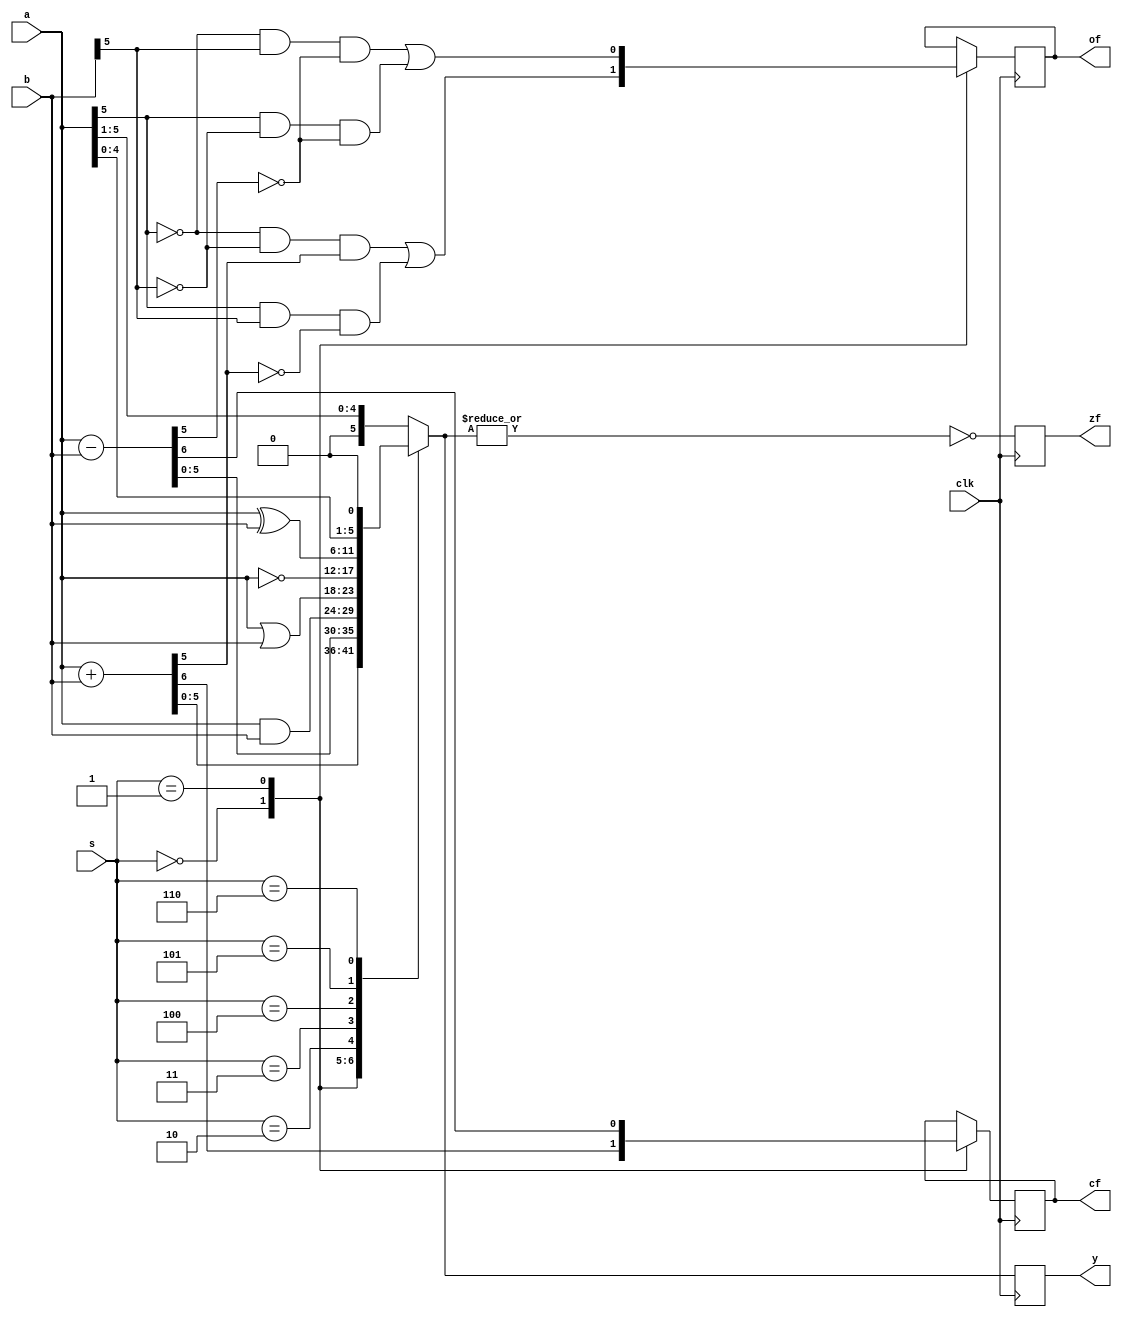
`timescale 1ns / 1ps
//////////////////////////////////////////////////////////////////////////////////
// Company: 
// Engineer: 
// 
// Design Name: 
// Module Name: ALU
// Project Name: 
// Target Devices: 
// Tool Versions: 
// Description: 
// 
// Dependencies: 
// 
// Revision:
// Revision 0.01 - File Created
// Additional Comments:
// 
//////////////////////////////////////////////////////////////////////////////////
//This is an ALU
module ALU(
    input clk, 
    input [2:0]s,
    input [5:0]a,
    input [5:0]b,
    output reg cf, //cf: non-signed carry/borrow; of:signed overflow; zf: zero
    output reg of,
    output reg zf,
    output reg[5:0]y //result
);
//s: 000--add, 001--sub, 010--and, 011--or, 100--not, 101--xor,
//   110--leftshift,111--rightshift

always @(posedge clk) begin
    case (s)  
    //add
      3'b000: begin
        {cf,y}={1'b0,a}+{1'b0,b};
        of=(~a[5]&~b[5]&y[5]|a[5]&b[5]&~y[5]);
      end
    //sub
      3'b001: begin
        {cf,y}=a-b;
        of=(~a[5]&b[5]&~y[5]|a[5]&~b[5]&~y[5]);
      end
    //and  
      3'b010: y=a&b;
    //or 
      3'b011: y=a|b;
    //not 
      3'b100: y=~a;
    //xor 
      3'b101: y=a^b;
    //leftshift
      3'b110: begin
        y={a[4:0],1'b0};
      end 
    //rightshift
      default:begin
        y={1'b0,a[5:1]};
      end
    endcase

    zf=~|y;

end

endmodule